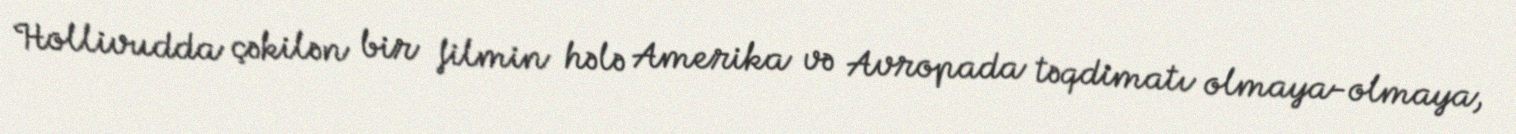
Hollivudda çəkilən bir filmin hələ Amerika və Avropada təqdimatı olmaya-olmaya,